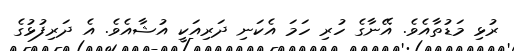
ރުޅި މަޑުތާއެވެ. އޭނާގެ ހުރި ހަމަ އެކަނި ދަރިއަކީ އުޝާއެވެ. އެ ދަރިފުޅުގެ